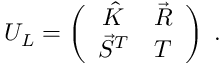
U _ { L } = \left( \begin{array} { c c } { { \hat { K } } } & { { \vec { R } } } \\ { { \vec { S } ^ { T } } } & { { T } } \end{array} \right) \; .